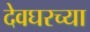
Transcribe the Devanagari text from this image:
देवघरच्या